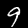
Label: 9